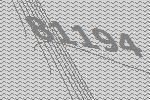
81194